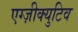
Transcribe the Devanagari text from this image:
एग्ज़ीक्युटिव